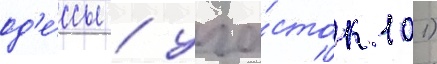
од'е́ссы / уча́сток 101)